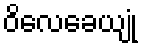
ဝိလေခေယျုံ